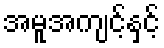
အမူအကျင့်နှင့်